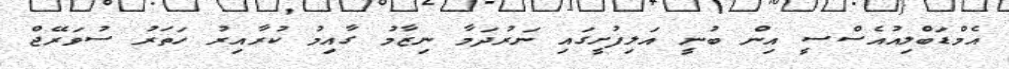
އެމްޑަބްލިއުއެސްސީ އިން ބުނީ އަލިފުށީގައި ނަރުދަމާ ނިޒާމު ގާއިމު ކުރާއިރު ހަތަރު ސުވަރޭޖް